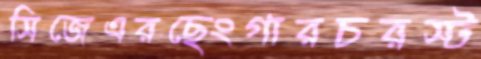
সিজেএরছেংগারচরস্ট